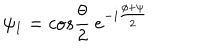
\psi _ { 1 } = c o s \frac { \theta } { 2 } ~ e ^ { - i \frac { \phi + \psi } { 2 } }